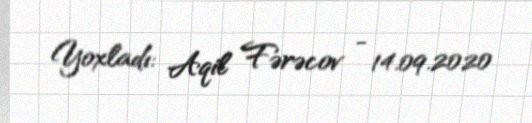
Yoxladı: Aqil Fərəcov - 14.09.2020